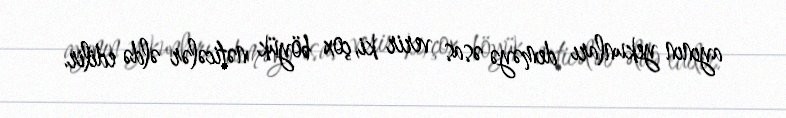
ayının yekunları deməyə əsas verir ki, çox böyük nəticələr əldə edilir.